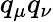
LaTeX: q_{\mu}q_{\nu}